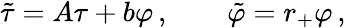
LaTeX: \tilde{\tau}=A\tau+b\varphi\, ,\qquad\tilde{\varphi}=r_{+}\varphi\, ,